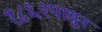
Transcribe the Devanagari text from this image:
१८६२पासून